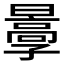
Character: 𡦩